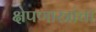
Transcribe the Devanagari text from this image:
क्षेपणास्त्रांचा